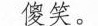
傻笑。